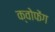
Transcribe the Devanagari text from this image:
क्वोफेंग